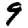
Digit: 9